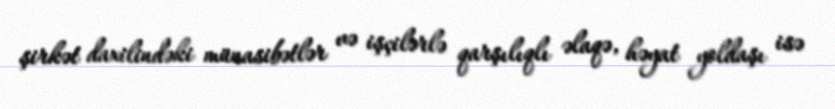
şirkət daxilindəki münasibətlər və işçilərlə qarşılıqlı əlaqə, həyat yoldaşı isə